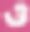
ও